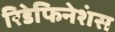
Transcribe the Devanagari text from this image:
रिडेफिनेशंस